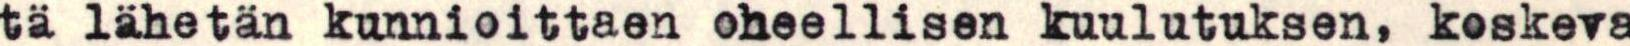
tä lähetän kunnioittaen oheellisen kuulutuksen, koskeva